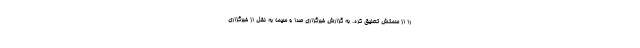
را از سمتش تعلیق کرد. به گزارش خبرگزاری صدا و سیما به نقل از خبرگزاری